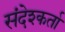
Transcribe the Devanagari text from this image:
संदेश्कर्ता